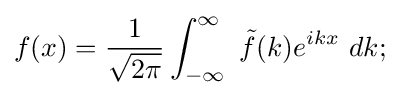
f(x)={\frac {1}{\sqrt {2\pi }}}\int _{-\infty }^{\infty }\ {\tilde {f}}(k)e^{ikx}\ dk;